Civil Veterinary Department. United Provinces 1923-31 - 1923-1931
Year: 1923
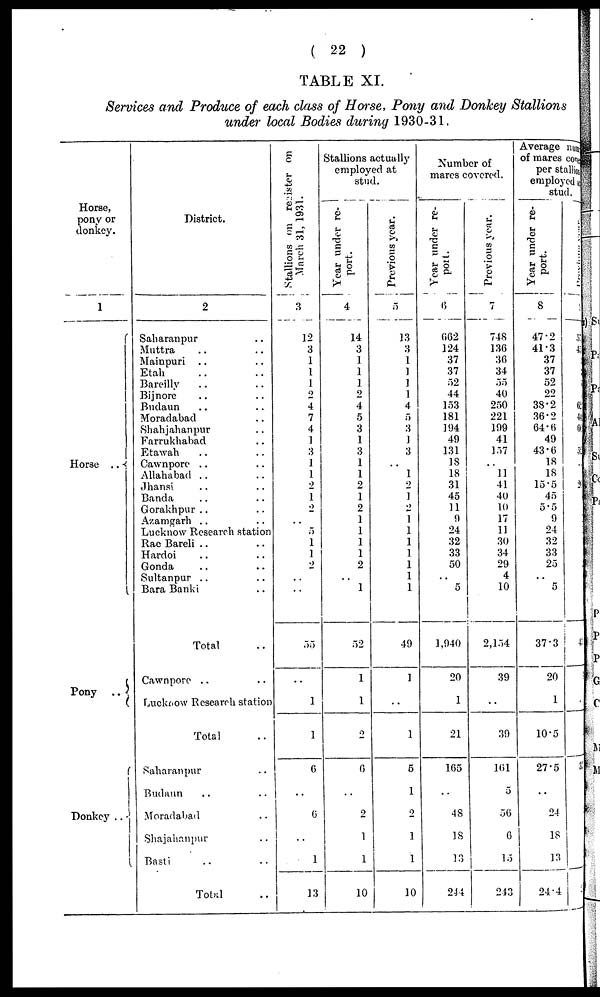
( 22 )
TABLE XI.
Services and Produce of each class of Horse, Pony and Donkey Stallions
under local Bodies during 1930-31.
Horse,
pony or
donkey.
1
Horse ..
Pony ..
Donkey ..
District.
2
Saharanpur ..
Muttra .. ..
Mainpuri .. ..
Etah .. ..
Bareilly .. ..
Bijnore .. ..
Budaun .. ..
Moradabad ..
Shahjahanpur ..
Farrukhabad ..
Etawah .. ..
Cawnpore .. ..
Allahabad .. ..
Jhansi .. ..
Banda .. ..
Gorakhpur .. ..
Azamgarh .. ..
Lucknow Research station
Rae Bareli .. ..
Hardoi .. ..
Gonda .. ..
Sultanpur .. ..
Bara Banki .. ..
Total ..
Cawnpore .. ..
Lucknow Research station
Total ..
Saharanpur ..
Budaun .. ..
Moradabad ..
Shajahnnpur ..
Basti .. ..
Total ..
Stallions on register on
March 31, 1931.
3
12
3
1
1
1
2
4
7
4
1
3
1
1
2
1
2
..
5
1
1
2
..
..
35
..
1
6
..
6
..
1
13
Stallions actually
employed at
stud.
Year under re-
port.
4
14
3
1
1
1
2
4
5
3
1
3
1
1
2
1
2
1
1
1
1
2
..
1
52
1
1
2
6
..
2
1
1
10
Previous
year.
5
13
3
1
1
1
1
4
5
3
1
3
..
1
2
1
2
1
1
1
1
1
1
1
49
1
..
1
5
1
2
1
1
10
Number of
mares covered.
Year under re-
port.
6
662
124
37
37
52
44
153
181
194
49
131
18
18
31
45
11
9
24
32
33
50
..
5
1,940
20
1
21
165
..
48
18
13
244
Previous
year.
7
748
136
36
34
55
40
250
221
199
41
157
..
11
41
40
10
17
11
30
34
29
4
10
2,154
39
..
39
161
5
56
6
15
243
Average number
of mares core
per stallion
employed as
stud.
Year under re-
port.
8
47.2
41.3
37
37
52
22
38.2
36.2
64.6
49
43.6
18
18
15.5
45
5.5
9
24
32
33
25
..
5
37.3
20
1
10.5
27.5
..
24
18
13
24.4
Previous
year.
9
32
45
62
44
64
52
26
4
3
4